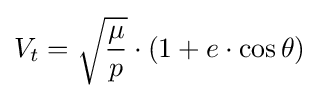
V_{t}={\sqrt {\frac {\mu }{p}}}\cdot (1+e\cdot \cos \theta )